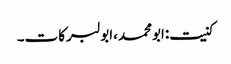
کنیت:ابومحمد،ابولبرکات۔